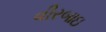
વીરબાઇ